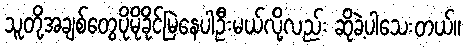
သူတို့အချစ်တွေပိုမိုခိုင်မြဲနေပါဦးမယ်လို့လည်း ဆိုခဲ့ပါသေးတယ်။